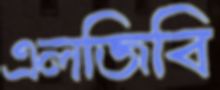
এলজিবি